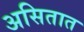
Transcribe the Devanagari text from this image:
असितात